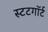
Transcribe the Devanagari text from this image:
स्टटगॉर्ट